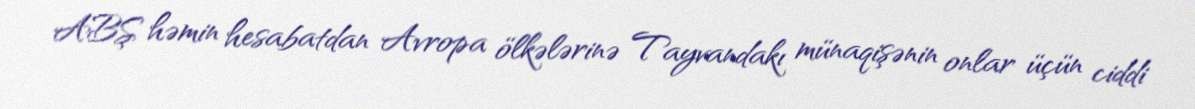
ABŞ həmin hesabatdan Avropa ölkələrinə Tayvandakı münaqişənin onlar üçün ciddi